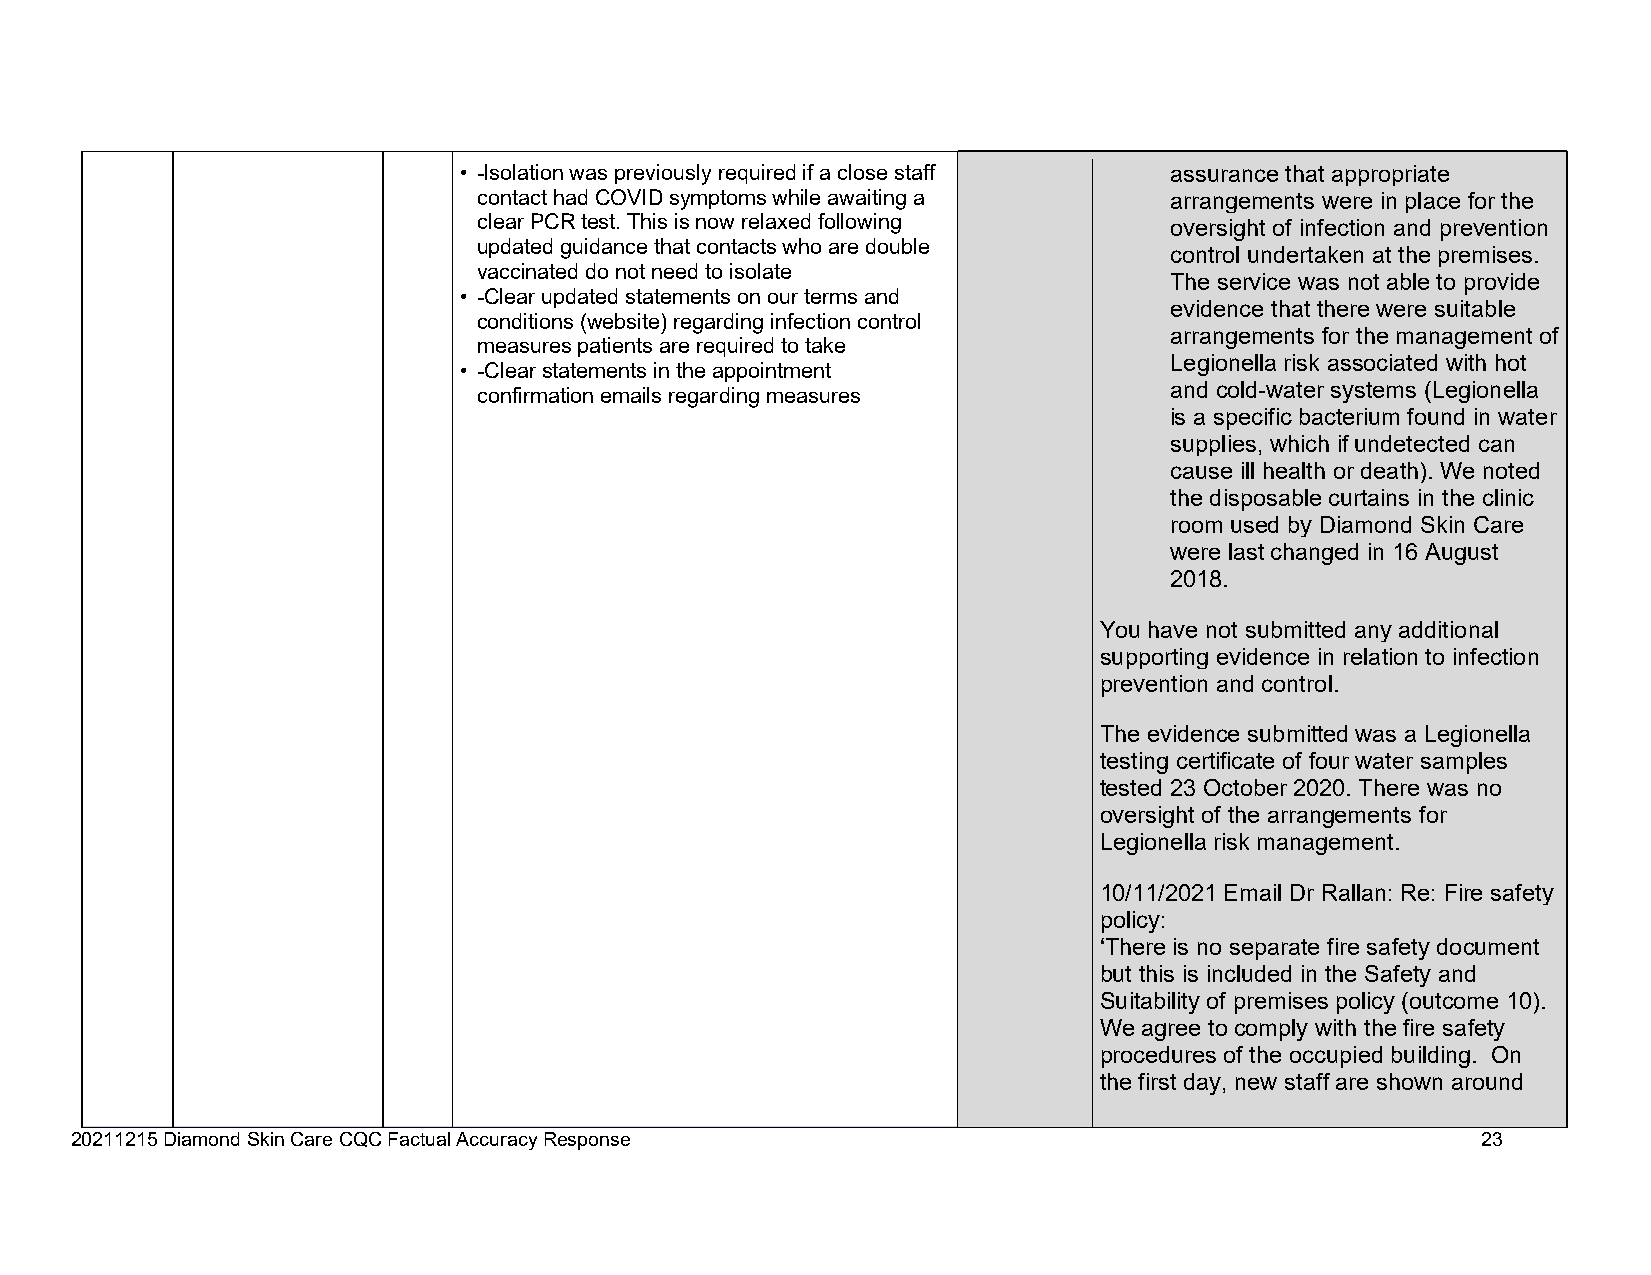
• -Isolation was previously required if a close staff assurance that appropriate
 contact had COVID symptoms while awaiting a  arrangements were in place for the
 clear PCR test. This is now relaxed following oversight of infection and prevention
 updated guidance that contacts who are double
 control undertaken at the premises.
 vaccinated do not need to isolate
 The service was not able to provide
 • -Clear updated statements on our terms and
 evidence that there were suitable
 conditions (website) regarding infection control
 arrangements for the management of
 measures patients are required to take
 Legionella risk associated with hot
 • -Clear statements in the appointment
 and cold-water systems (Legionella
 confirmation emails regarding measures
 is a specific bacterium found in water
 supplies, which if undetected can
 cause ill health or death). We noted
 the disposable curtains in the clinic
 room used by Diamond Skin Care
 were last changed in 16 August
 2018.
 You have not submitted any additional
 supporting evidence in relation to infection
 prevention and control.
 The evidence submitted was a Legionella
 testing certificate of four water samples
 tested 23 October 2020. There was no
 oversight of the arrangements for
 Legionella risk management.
 10/11/2021 Email Dr Rallan: Re: Fire safety
 policy:
 ‘There is no separate fire safety document
 but this is included in the Safety and
 Suitability of premises policy (outcome 10).
 We agree to comply with the fire safety
 procedures of the occupied building. On
 the first day, new staff are shown around
 20211215 Diamond Skin Care CQC Factual Accuracy Response                                     23